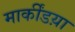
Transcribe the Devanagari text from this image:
मार्कींडय़ा